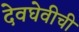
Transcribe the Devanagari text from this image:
देवघेवीची